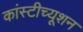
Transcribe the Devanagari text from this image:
कांस्टीच्यूशन